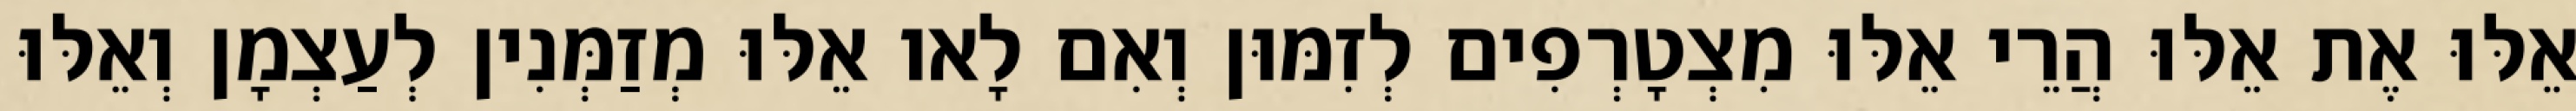
אֵלּוּ אֶת אֵלּוּ הֲרֵי אֵלּוּ מִצְטָרְפִים לְזִמּוּן וְאִם לָאו אֵלּוּ מְזַמְּנִין לְעַצְמָן וְאֵלּוּ